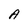
Character: A